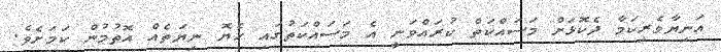
އަނިޔާވެރިކަމާ ދެކޮޅަށް މަސައްކަތް ކުރައްވަނީ އެ މަސައްކަތުގައި ހެޔޮ ނިޔަތެއް އޮތުމުން ކަމަށެވެ.